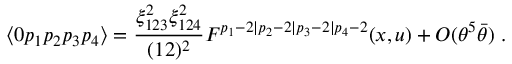
\langle 0 p _ { 1 } p _ { 2 } p _ { 3 } p _ { 4 } \rangle = { \frac { \xi _ { 1 2 3 } ^ { 2 } \xi _ { 1 2 4 } ^ { 2 } } { ( 1 2 ) ^ { 2 } } } { \cal F } ^ { p _ { 1 } - 2 \vert p _ { 2 } - 2 \vert p _ { 3 } - 2 \vert p _ { 4 } - 2 } ( x , u ) + O ( \theta ^ { 5 } \bar { \theta } ) \; .